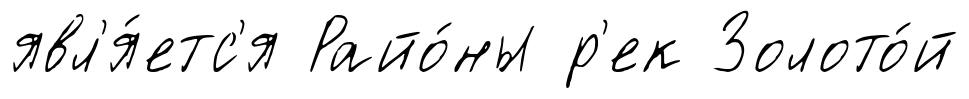
явл'я́етс'я Райо́ны р'ек Золото́й